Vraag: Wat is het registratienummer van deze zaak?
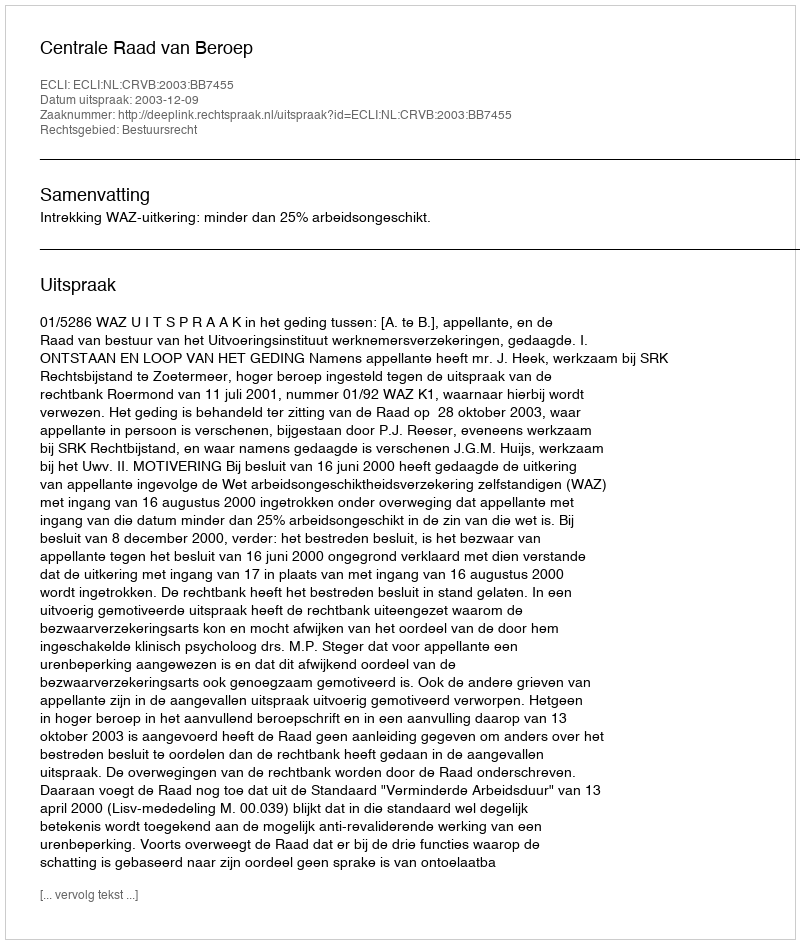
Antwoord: http://deeplink.rechtspraak.nl/uitspraak?id=ECLI:NL:CRVB:2003:BB7455